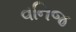
વનિજ